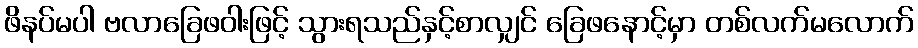
ဖိနပ်မပါ ဗလာခြေဖဝါးဖြင့် သွားရသည်နှင့်စာလျှင် ခြေဖနောင့်မှာ တစ်လက်မလောက်